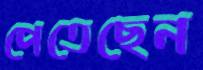
পেতেছেন